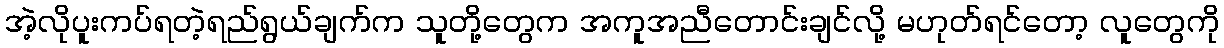
အဲ့လိုပူးကပ်ရတဲ့ရည်ရွယ်ချက်က သူတို့တွေက အကူအညီတောင်းချင်လို့ မဟုတ်ရင်တော့ လူတွေကို